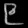
Digit: ၉